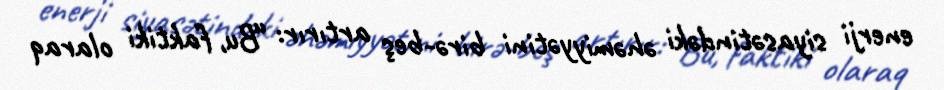
enerji siyasətindəki əhəmiyyətini birə-beş artırır: “Bu, faktiki olaraq